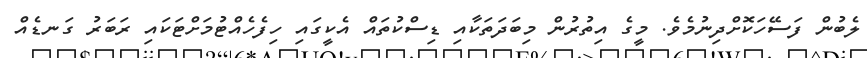
ލެބުން ފަސޭހަކޮށްދިނުމެވެ. މީގެ އިތުރުން މިބަދަތަކާއި ޑިސްކުތައް އެކީގައި ހިފެހެއްޓުމަށްޓަކައި ރަބަރު ގަނޑެއް